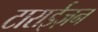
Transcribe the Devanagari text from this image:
टाराईज़न